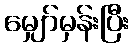
မျှော်မှန်းပြီး